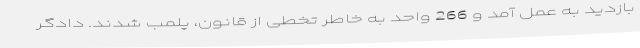
بازدید به عمل آمد و 266 واحد به خاطر تخطی از قانون، پلمب شدند. دادگر